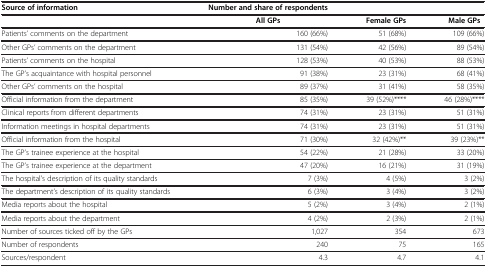
<table><thead><tr><td><b>Source of information</b></td><td><b>Number and share of respondents</b></td><td><b> </b></td><td><b> </b></td></tr></thead><tbody><tr><td> </td><td><b>All GPs</b></td><td><b>Female GPs</b></td><td><b>Male GPs</b></td></tr><tr><td>Patients’ comments on the department</td><td>160 (66%)</td><td>51 (68%)</td><td>109 (66%)</td></tr><tr><td>Other GPs’ comments on the department</td><td>131 (54%)</td><td>42 (56%)</td><td>89 (54%)</td></tr><tr><td>Patients’ comments on the hospital</td><td>128 (53%)</td><td>40 (53%)</td><td>88 (53%)</td></tr><tr><td>The GP’s acquaintance with hospital personnel</td><td>91 (38%)</td><td>23 (31%)</td><td>68 (41%)</td></tr><tr><td>Other GPs’ comments on the hospital</td><td>89 (37%)</td><td>31 (41%)</td><td>58 (35%)</td></tr><tr><td>Official information from the department</td><td>85 (35%)</td><td>39 (52%)****</td><td>46 (28%)****</td></tr><tr><td>Clinical reports from different departments</td><td>74 (31%)</td><td>23 (31%)</td><td>51 (31%)</td></tr><tr><td>Information meetings in hospital departments</td><td>74 (31%)</td><td>23 (31%)</td><td>51 (31%)</td></tr><tr><td>Official information from the hospital</td><td>71 (30%)</td><td>32 (42%)**</td><td>39 (23%)**</td></tr><tr><td>The GP’s trainee experience at the hospital</td><td>54 (22%)</td><td>21 (28%)</td><td>33 (20%)</td></tr><tr><td>The GP’s trainee experience at the department</td><td>47 (20%)</td><td>16 (21%)</td><td>31 (19%)</td></tr><tr><td>The hospital’s description of its quality standards</td><td>7 (3%)</td><td>4 (5%)</td><td>3 (2%)</td></tr><tr><td>The department’s description of its quality standards</td><td>6 (3%)</td><td>3 (4%)</td><td>3 (2%)</td></tr><tr><td>Media reports about the hospital</td><td>5 (2%)</td><td>3 (4%)</td><td>2 (1%)</td></tr><tr><td>Media reports about the department</td><td>4 (2%)</td><td>2 (3%)</td><td>2 (1%)</td></tr><tr><td>Number of sources ticked off by the GPs</td><td>1,027</td><td>354</td><td>673</td></tr><tr><td>Number of respondents</td><td>240</td><td>75</td><td>165</td></tr><tr><td>Sources/respondent</td><td>4.3</td><td>4.7</td><td>4.1</td></tr></tbody></table>